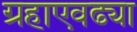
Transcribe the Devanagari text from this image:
ग्रहाएवढ्या